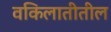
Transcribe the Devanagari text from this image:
वकिलातीतील